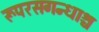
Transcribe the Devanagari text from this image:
रूपरसगन्धाश्च